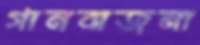
গানবাজনা